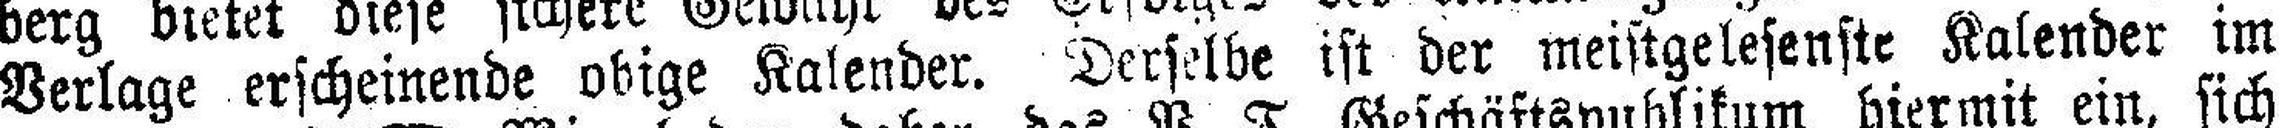
Verlage erscheinende obige Kalender. Derselbe ist der meistgelesenste Kalender im